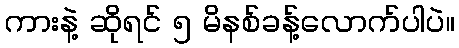
ကားနဲ့ ဆိုရင် ၅ မိနစ်ခန့်လောက်ပါပဲ။